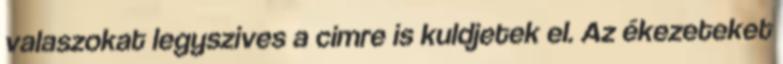
valaszokat legyszives a cimre is kuldjetek el. Az ékezeteket